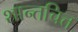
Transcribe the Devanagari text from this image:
शान्तचित्त